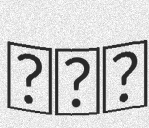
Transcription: אדם